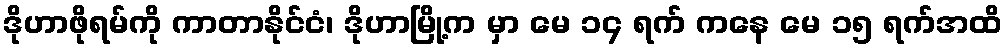
ဒိုဟာဖိုရမ်ကို ကာတာနိုင်ငံ၊ ဒိုဟာမြို့က မှာ မေ ၁၄ ရက် ကနေ မေ ၁၅ ရက်အထိ